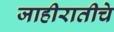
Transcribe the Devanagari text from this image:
जाहीरातीचे